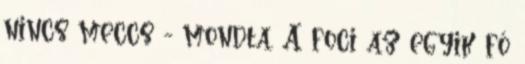
nincs meccs - mondta. A foci az egyik fő